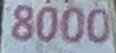
8000